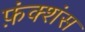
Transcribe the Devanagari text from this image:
फ़ंक्शंस